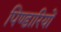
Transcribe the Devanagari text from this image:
पिण्डारियों